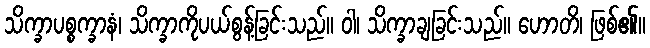
သိက္ခာပစ္စက္ခာနံ၊ သိက္ခာကိုပယ်စွန့်ခြင်းသည်။ ဝါ၊ သိက္ခာချခြင်းသည်။ ဟောတိ၊ ဖြစ်၏။